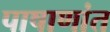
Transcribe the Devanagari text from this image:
पाषाणांत